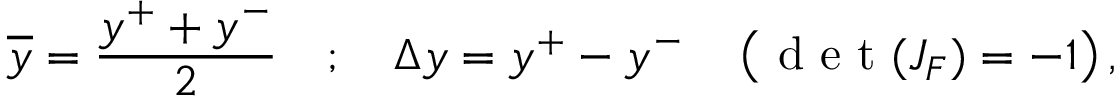
\overline { { y } } = \frac { y ^ { + } + y ^ { - } } { 2 } \quad ; \quad \Delta y = y ^ { + } - y ^ { - } \quad \left( \mathrm { ~ d ~ e ~ t ~ } ( J _ { F } ) = - 1 \right) ,